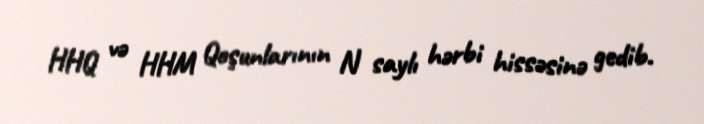
HHQ və HHM Qoşunlarının N saylı hərbi hissəsinə gedib.